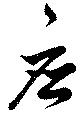
應